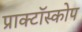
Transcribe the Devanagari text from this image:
प्राक्टॉस्कोप